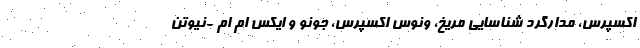
اکسپرس، مدارگرد شناسایی مریخ، ونوس اکسپرس، جونو و ایکس ام ام -نیوتن